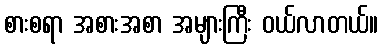
စားစရာ အစားအစာ အများကြီး ဝယ်လာတယ်။